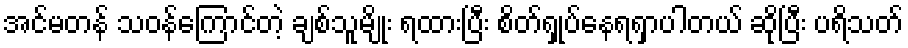
အင်မတန် သဝန်ကြောင်တဲ့ ချစ်သူမျိုး ရထားပြီး စိတ်ရှုပ်နေရရှာပါတယ် ဆိုပြီး ပရိသတ်